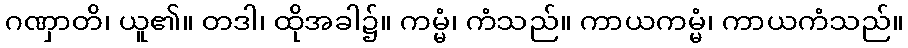
ဂဏှာတိ၊ ယူ၏။ တဒါ၊ ထိုအခါ၌။ ကမ္မံ၊ ကံသည်။ ကာယကမ္မံ၊ ကာယကံသည်။